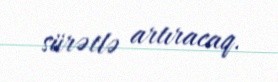
sürətlə artıracaq.